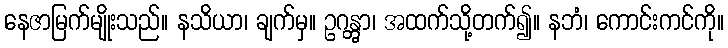
နေဇာမြက်မျိုးသည်။ နသိယာ၊ ချက်မှ။ ဥဂန္တွာ၊ အထက်သို့တက်၍။ နဘံ၊ ကောင်းကင်ကို။